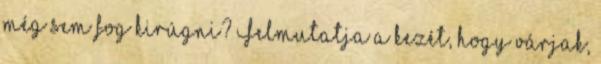
még sem fog kirúgni? Felmutatja a kezét, hogy várjak,